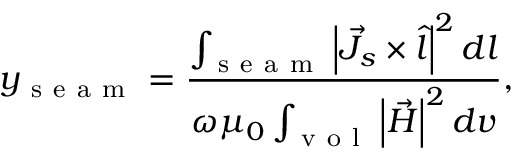
y _ { \mathrm { ~ s ~ e ~ a ~ m ~ } } = \frac { \int _ { \mathrm { ~ s ~ e ~ a ~ m ~ } } \left| \vec { J } _ { s } \times \hat { l } \right| ^ { 2 } d l } { \omega \mu _ { 0 } \int _ { \mathrm { ~ v ~ o ~ l ~ } } \left| \vec { H } \right| ^ { 2 } d v } ,